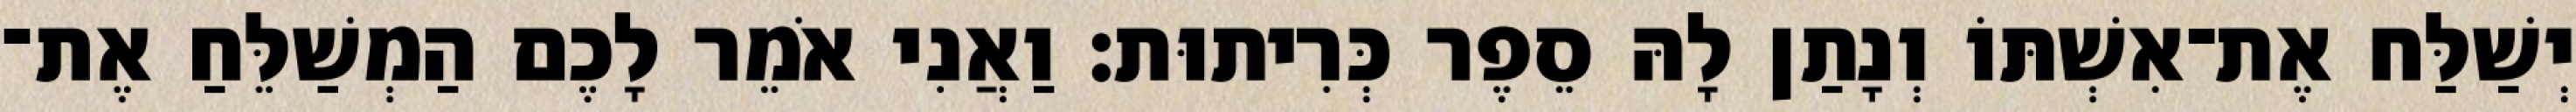
יְשַׁלַּח אֶת־אִשְׁתּוֹ וְנָתַן לָהּ סֵפֶר כְּרִיתוּת׃ וַאֲנִי אֹמֵר לָכֶם הַמְשַׁלֵּחַ אֶת־